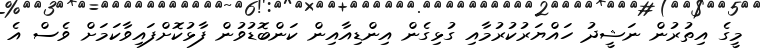
މީގެ އިތުރުން ނަޝީދު ހައްޔަރުކުރުމާއި ގުޅިގެން އިންޑިއާއިން ކަންބޮޑުވުން ފާޅުކޮށްފައިވާކަމަށް ވެސް އެ